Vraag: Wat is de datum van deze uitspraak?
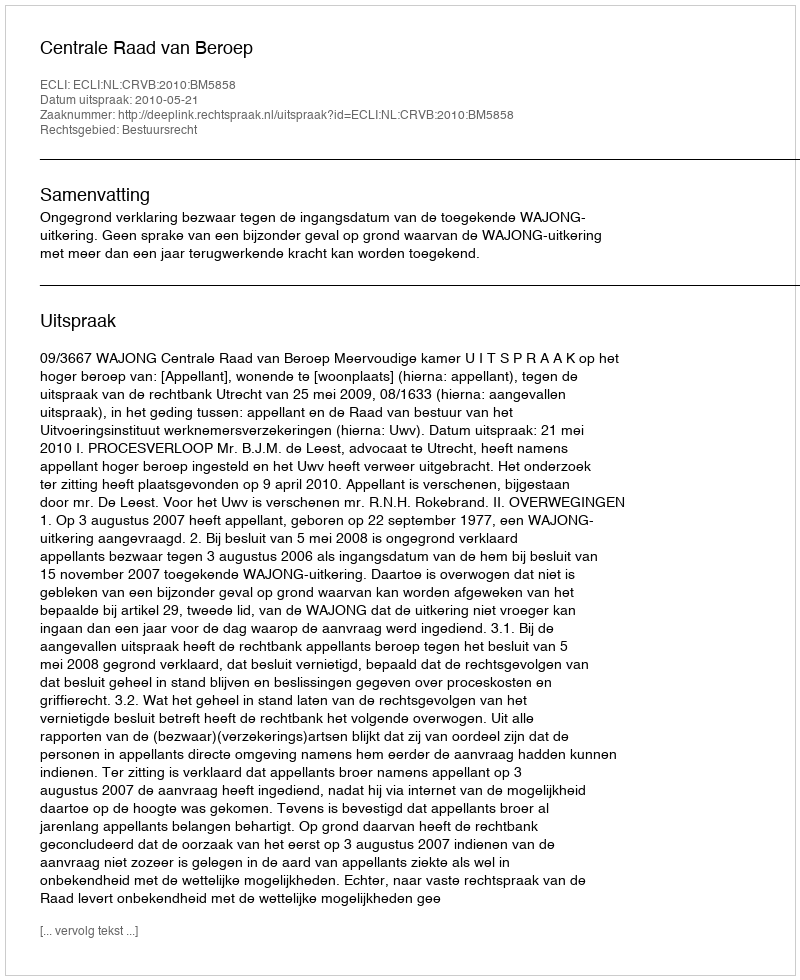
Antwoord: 2010-05-21